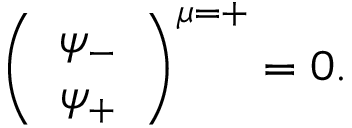
\left( \begin{array} { c } { { \psi _ { - } } } \\ { { \psi _ { + } } } \end{array} \right) ^ { \mu = + } = 0 .